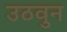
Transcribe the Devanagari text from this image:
उठवुन